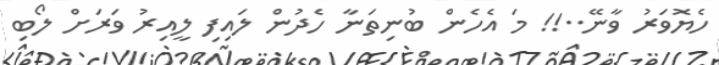
ހެޔޮވަރު ވާނޭ..!! މަ އެހެން ބުނިތަނާ ހެދުން ލައިފި ލީއިރު ވަރަށް ލޯބި